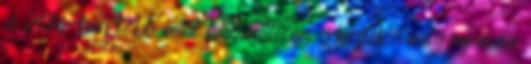
és 2016-ban több mint 1,2 millióan érkeztek, mely nyomán